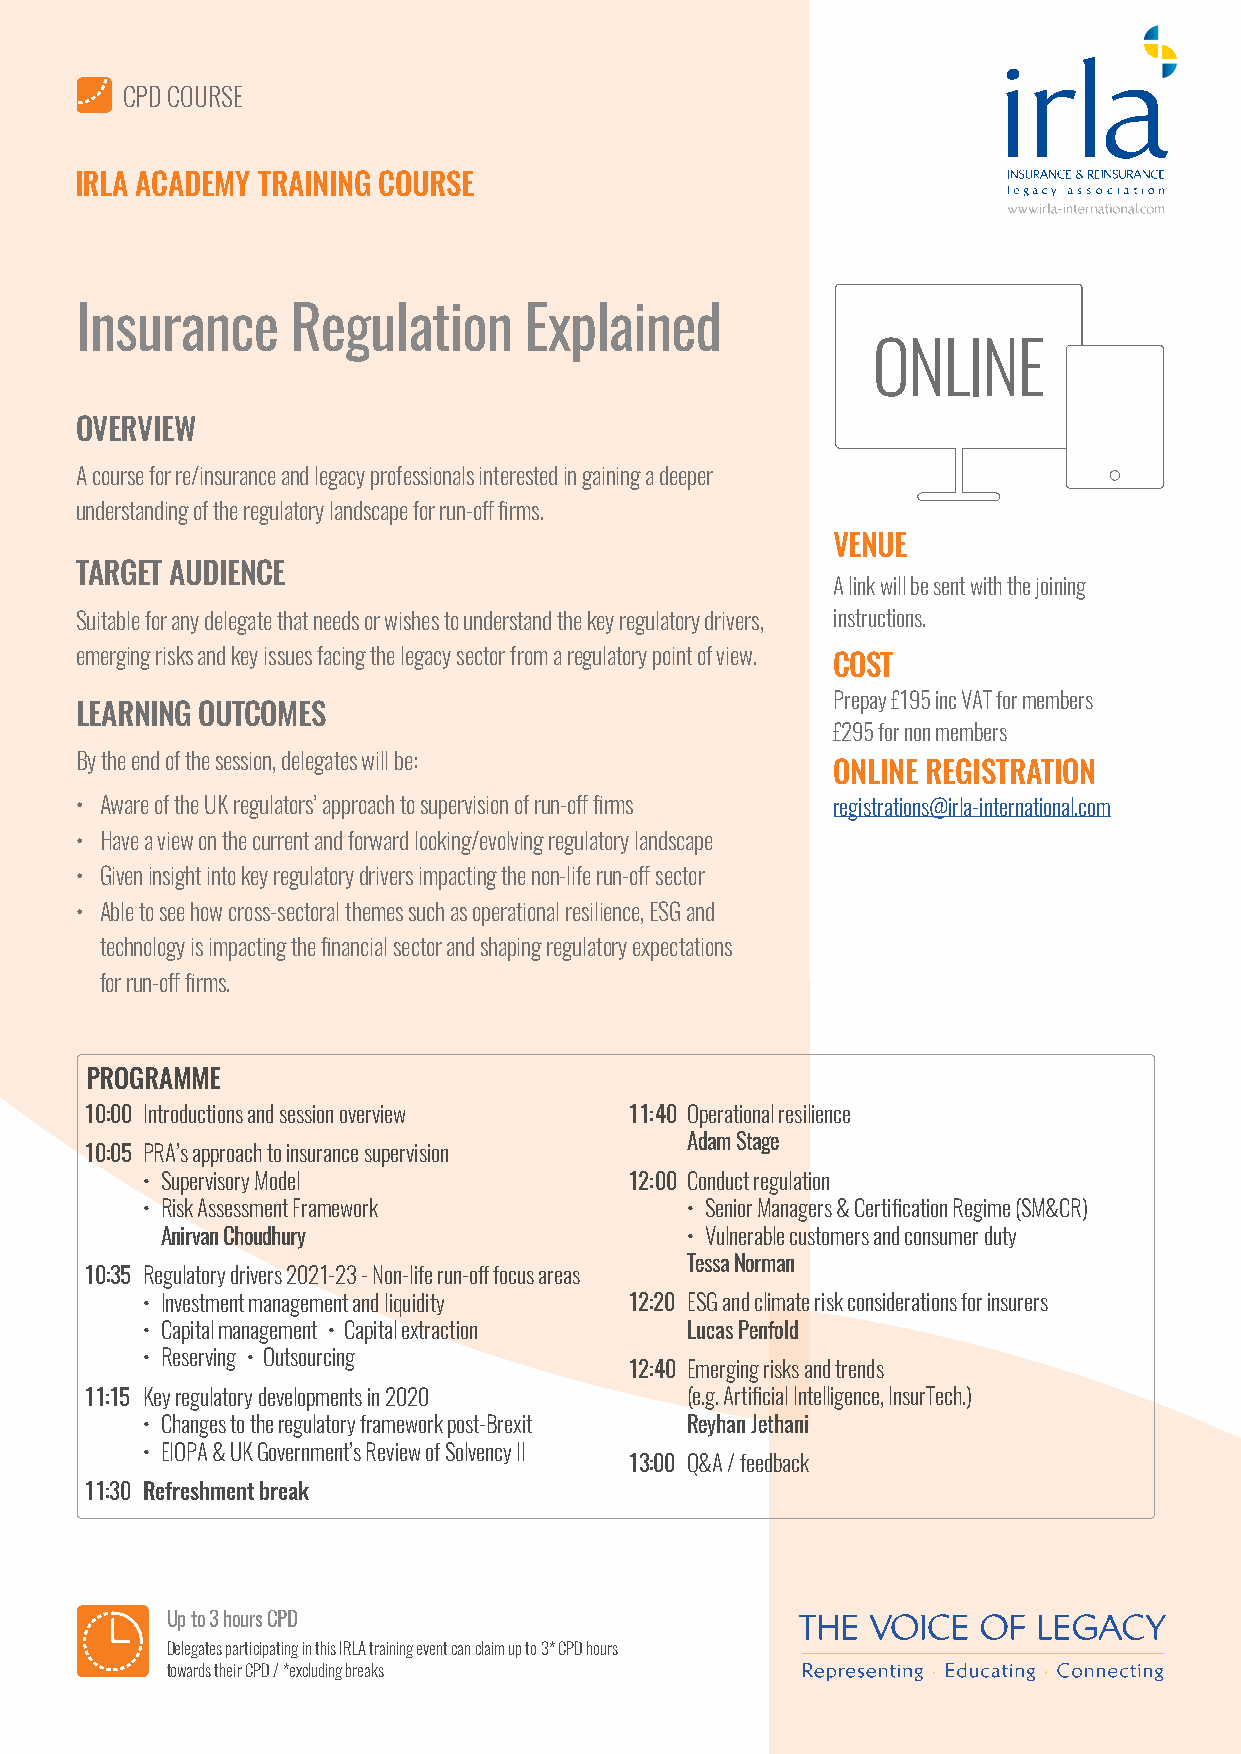
CPD COURSE
 IRLA ACADEMY TRAINING COURSE
 Insurance     Regulation      Explained
 ONLINE
 OVERVIEW
 A course for re/insurance and legacy professionals interested in gaining a deeper
 understanding of the regulatory landscape for run-off firms.
 VENUE
 TARGET AUDIENCE
 A link will be sent with the joining
 Suitable for any delegate that needs or wishes to understand the key regulatory drivers, instructions.
 emerging risks and key issues facing the legacy sector from a regulatory point of view.
 COST
 Prepay £195 inc VAT for members
 LEARNING OUTCOMES
 £295 for non members
 By the end of the session, delegates will be:
 ONLINE REGISTRATION
 • Aware of the UK regulators’ approach to supervision of run-off firms registrations@irla-international.com
 • Have a view on the current and forward looking/evolving regulatory landscape
 • Given insight into key regulatory drivers impacting the non-life run-off sector
 • Able to see how cross-sectoral themes such as operational resilience, ESG and
 technology is impacting the financial sector and shaping regulatory expectations
 for run-off firms.
 PROGRAMME
 10:00 Introductions and session overview 11:40 Operational resilience
 Adam Stage
 10:05 PRA’s approach to insurance supervision
 • Supervisory Model              12:00 Conduct regulation
 • Risk Assessment Framework         • Senior Managers & Certification Regime (SM&CR)
 Anirvan Choudhury                 • Vulnerable customers and consumer duty
 Tessa Norman
 10:35 Regulatory drivers 2021-23 - Non-life run-off focus areas
 • Investment management and liquidity 12:20 ESG and climate risk considerations for insurers
 • Capital management • Capital extraction Lucas Penfold
 • Reserving • Outsourcing
 12:40 Emerging risks and trends
 11:15 Key regulatory developments in 2020 (e.g. Artificial Intelligence, InsurTech.)
 • Changes to the regulatory framework post-Brexit Reyhan Jethani
 • EIOPA & UK Government’s Review of Solvency II
 13:00 Q&A / feedback
 11:30 Refreshment break
 Up to 3 hours CPD
 Delegates participating in this IRLA training event can claim up to 3* CPD hours
 towards their CPD / *excluding breaks